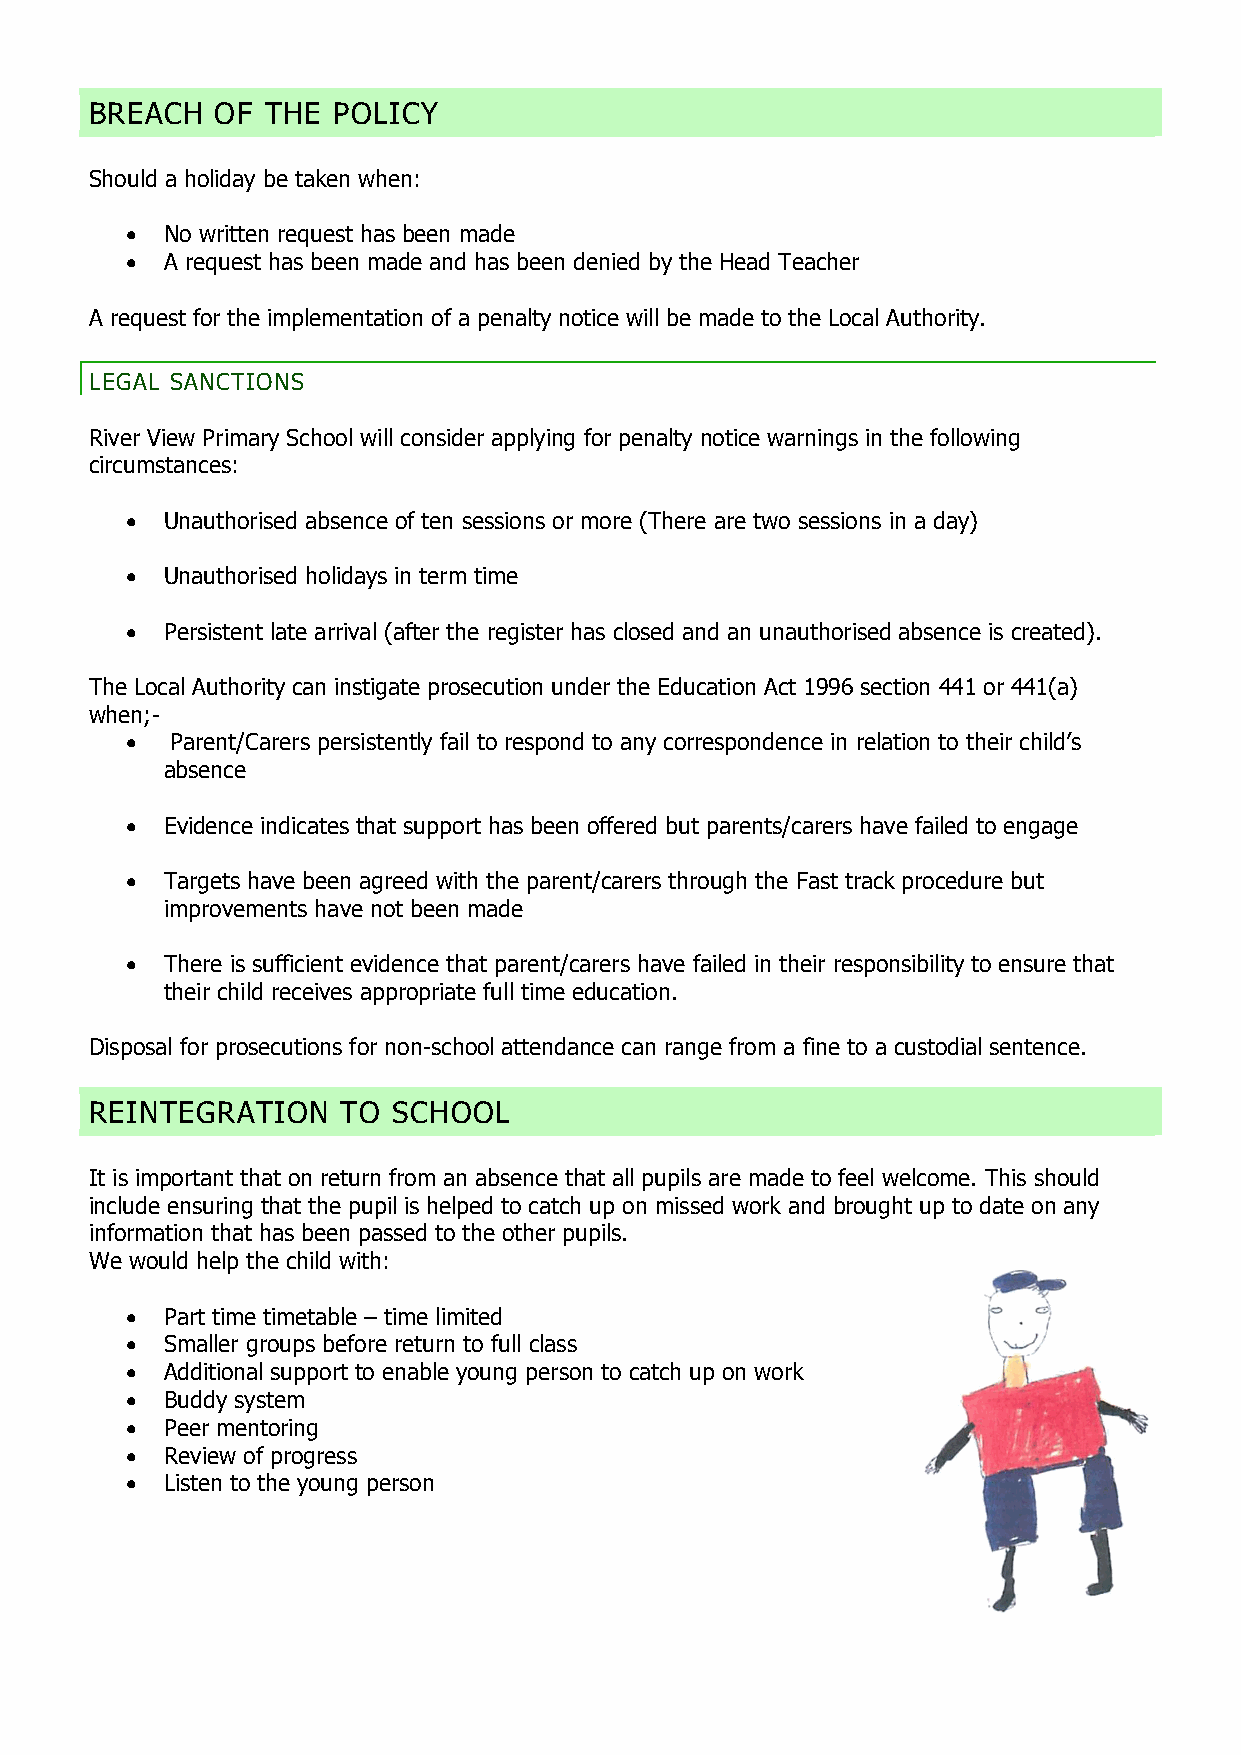
BREACH  OF  THE POLICY
 Should a holiday be taken when:
   No written request has been made
   A request has been made and has been denied by the Head Teacher
 A request for the implementation of a penalty notice will be made to the Local Authority.
 LEGAL SANCTIONS
 River View Primary School will consider applying for penalty notice warnings in the following
 circumstances:
   Unauthorised absence of ten sessions or more (There are two sessions in a day)
   Unauthorised holidays in term time
   Persistent late arrival (after the register has closed and an unauthorised absence is created).
 The Local Authority can instigate prosecution under the Education Act 1996 section 441 or 441(a)
 when;-
   Parent/Carers persistently fail to respond to any correspondence in relation to their child’s
 absence
   Evidence indicates that support has been offered but parents/carers have failed to engage
   Targets have been agreed with the parent/carers through the Fast track procedure but
 improvements have not been made
   There is sufficient evidence that parent/carers have failed in their responsibility to ensure that
 their child receives appropriate full time education.
 Disposal for prosecutions for non-school attendance can range from a fine to a custodial sentence.
 REINTEGRATION    TO SCHOOL
 It is important that on return from an absence that all pupils are made to feel welcome. This should
 include ensuring that the pupil is helped to catch up on missed work and brought up to date on any
 information that has been passed to the other pupils.
 We would help the child with:
   Part time timetable – time limited
   Smaller groups before return to full class
   Additional support to enable young person to catch up on work
   Buddy system
   Peer mentoring
   Review of progress
   Listen to the young person